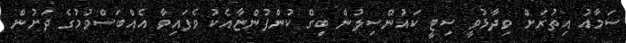
ސަމާއު އިތުރަށް ވިދާޅުވީ ސިޓީ ކައުންސިލުން ބިގް ކުންފުންޏާއެކު ވެފައިވާ އެއްބަސްވުމުގެ ދަށުން